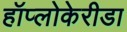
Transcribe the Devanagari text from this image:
हॉप्लोकेरीडा